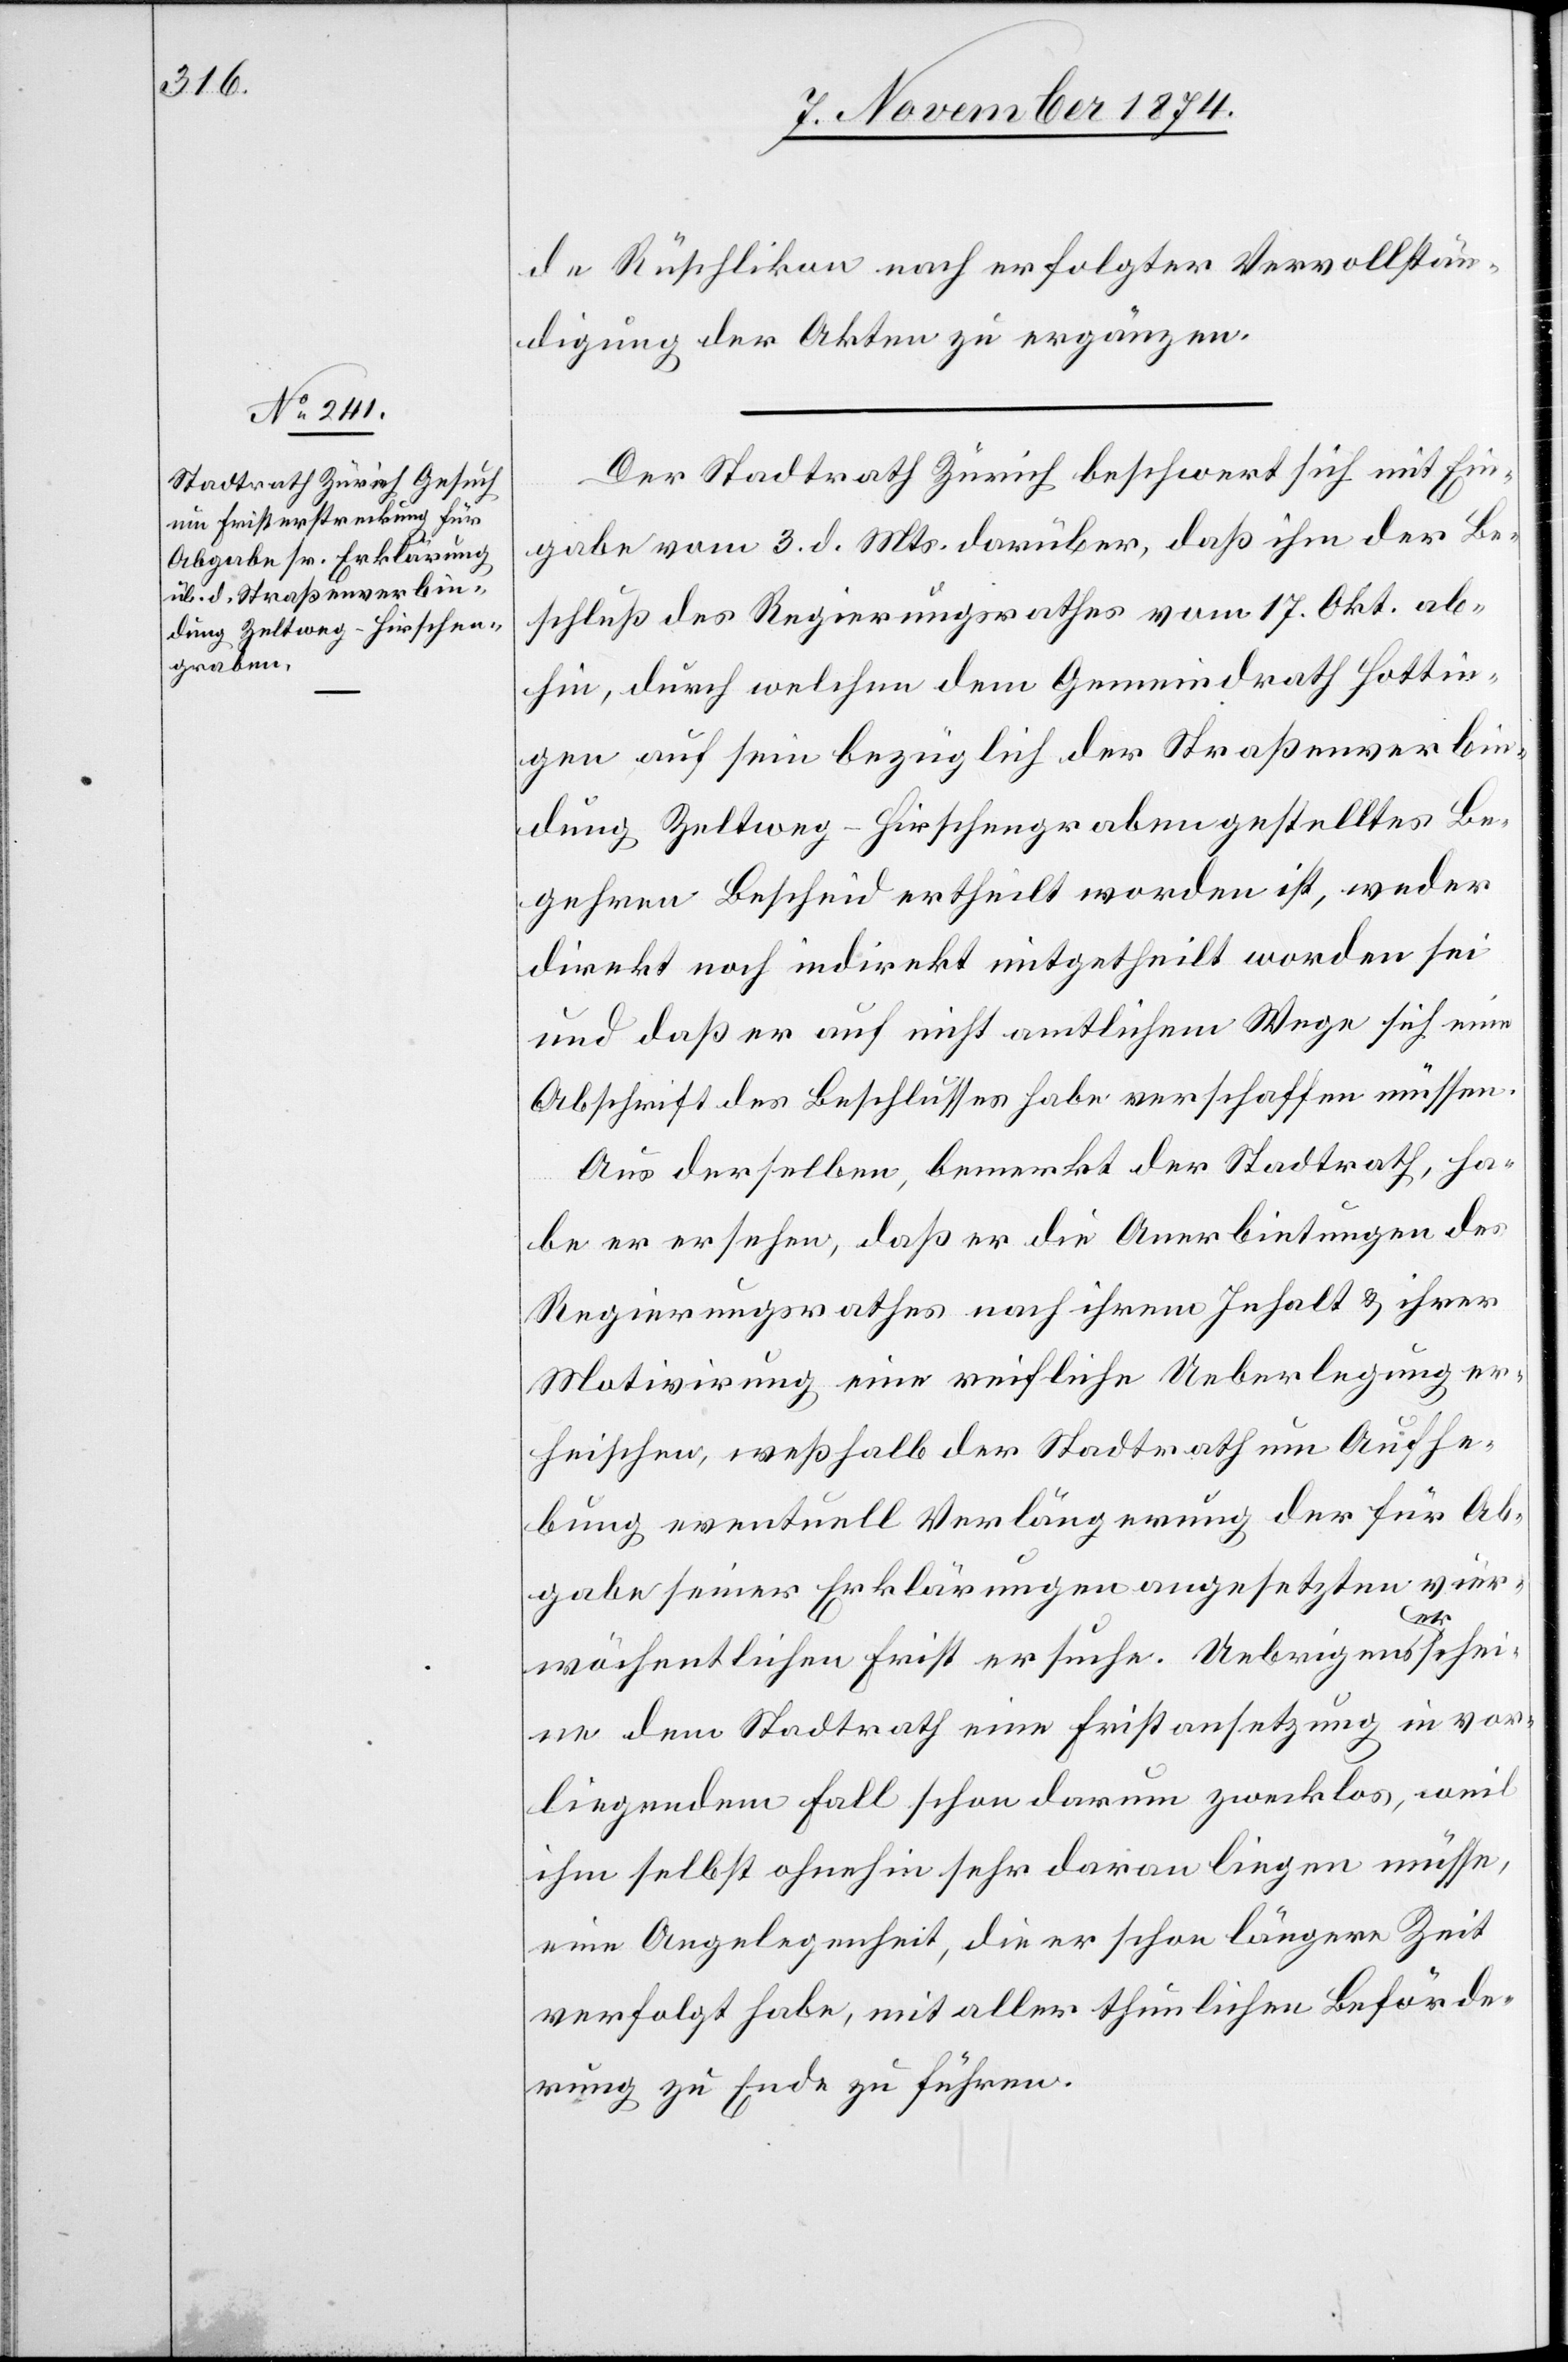
de Rüschlikon nach erfolgter Vervollstän¬
digung der Akten zu ergänzen.
Der Stadtrath Zürich beschwert sich mit Ein¬
gabe vom 3. d. Mts. darüber, daß ihm der Be¬
schluß des Regierungsrathes vom 17. Okt. ab¬
hin, durch welchen dem Gemeindrath Hottin¬
gen auf sein bezüglich der Straßenverbin¬
dung Zeltweg-Hirschengraben gestelltes Be¬
gehren Bescheid ertheilt worden ist, weder
direkt noch indirekt mitgetheilt worden sei
und daß er auf nicht amtlichem Wege sich eine
Abschrift des Beschlusses habe verschaffen müssen.
Aus derselben bemerkt der Stadtrath, ha¬
be er ersehen, daß er die Anerbietungen des
Regierungsrathes nach ihrem Inhalt & ihrer
Motivirung eine reifliche Ueberlegung er¬
heischen [sic!], weßhalb der Stadtrath um Aufhe¬
bung eventuell Verlängerung der für Ab¬
gabe seiner Erklärungen angesetzten vier¬
wöchentlichen Frist ersuche. Uebrigens erschei¬
ne dem Stadtrath eine Fristansetzung in vor¬
liegendem Fall schon darum zwecklos, weil
ihm selbst ohnehin sehr daran liegen müsse,
eine Angelegenheit, die er schon längere Zeit
verfolgt habe, mit aller thunlichen Beförde¬
rung zu Ende zu führen.